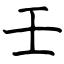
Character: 壬